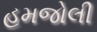
હમજોલી